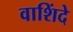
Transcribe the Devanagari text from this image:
वाशिंदे